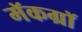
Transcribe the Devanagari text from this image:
मॅकग्रॉ